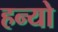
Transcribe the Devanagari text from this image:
हन्‍यो